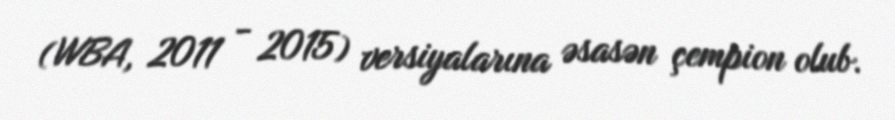
(WBA, 2011 - 2015) versiyalarına əsasən çempion olub.